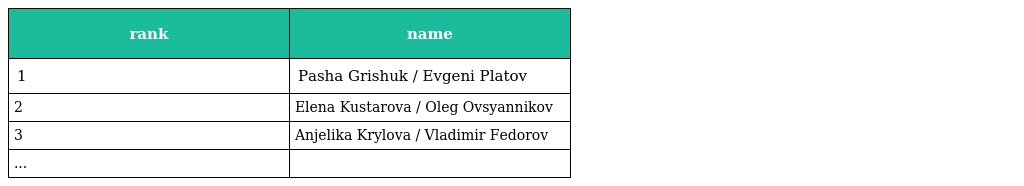
| rank | name |
 | --- | --- |
 | 1 | Pasha Grishuk / Evgeni Platov |
 | 2 | Elena Kustarova / Oleg Ovsyannikov |
 | 3 | Anjelika Krylova / Vladimir Fedorov |
 | ... |  |